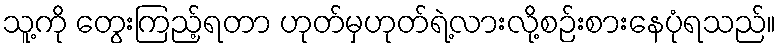
သူ့ကို တွေးကြည့်ရတာ ဟုတ်မှဟုတ်ရဲ့လားလို့စဉ်းစားနေပုံရသည်။